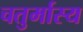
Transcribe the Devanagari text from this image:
चतुर्मास्य